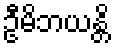
ဦမိဘယန္တိ